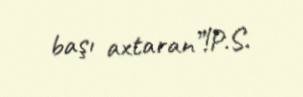
başı axtaran”!P.S.